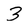
Character: 3